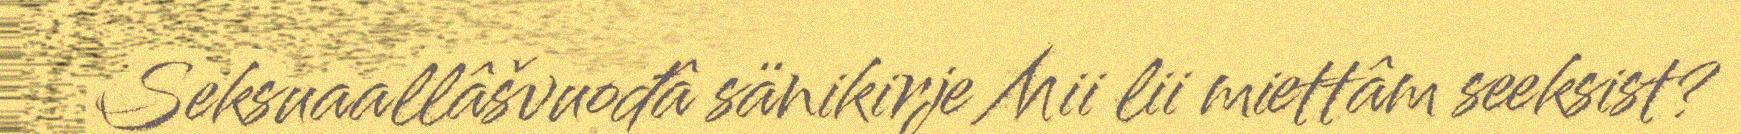
Seksuaallâšvuođâ sänikirje Mii lii miettâm seeksist?